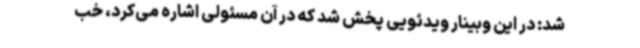
شد: در این وبینار ویدئویی پخش شد که در آن مسئولی اشاره می‌کرد، خب